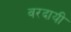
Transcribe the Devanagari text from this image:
वरदायी